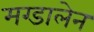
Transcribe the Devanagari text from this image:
मग्डालेन